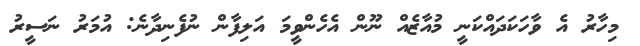
މިހާރު އެ ވާހަކަދައްކަނީ މުއާޒެއް ނޫން އެހެންވީމަ އަލިފާން ނުފެނިދާނެ: އުމަރު ނަސީރު